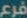
فرع